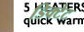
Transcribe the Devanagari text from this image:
डिक्टेट